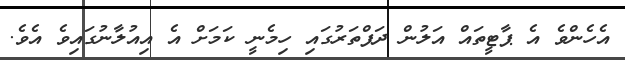
އެހެންވެ އެ ޕާޓީތައް އަލުން ދަފްތަރުގައި ހިމެނީ ކަމަށް އެ އިއުލާނުގައިވެ އެވެ.